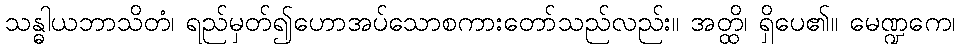
သန္ဓါယဘာသိတံ၊ ရည်မှတ်၍ဟောအပ်သောစကားတော်သည်လည်း။ အတ္ထိ၊ ရှိပေ၏။ မေဏ္ဍကေ၊